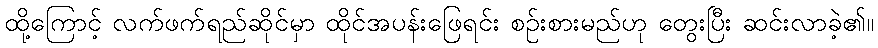
ထို့ကြောင့် လက်ဖက်ရည်ဆိုင်မှာ ထိုင်အပန်းဖြေရင်း စဉ်းစားမည်ဟု တွေးပြီး ဆင်းလာခဲ့၏။